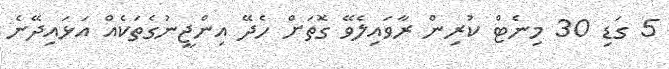
5 ގަޑި 30 މިނެޓް ކުރިން ރާވައިލެވޭ ގޮތަށް ހެދޭ އިންޖީނުގެތަކެއް އަޅައިދޭނެ